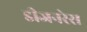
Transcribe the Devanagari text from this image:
डीजनरेस